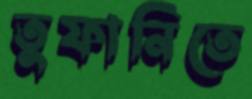
তুফানিতে